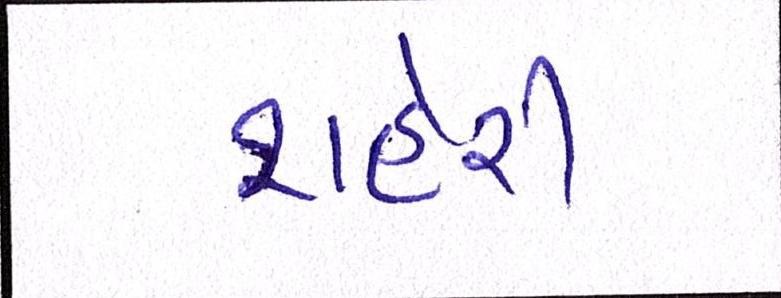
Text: શહેરી